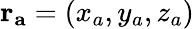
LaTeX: \mathbf{r_{a}}=(x_{a},y_{a},z_{a})